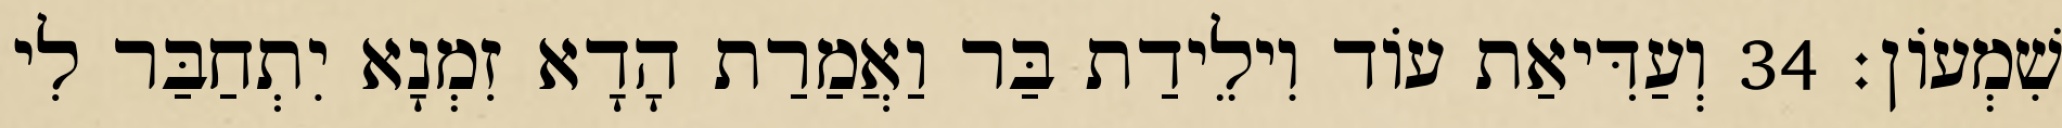
שִׁמְעוֹן׃ 34 וְעַדִּיאַת עוֹד וִילֵידַת בַּר וַאֲמַרַת הָדָא זִמְנָא יִתְחַבַּר לִי